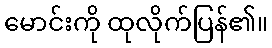
မောင်းကို ထုလိုက်ပြန်၏။